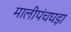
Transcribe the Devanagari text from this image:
मालीपंचघड़ा